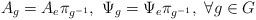
LaTeX: \begin{align*} A_g=A_e\pi_{g^{-1}}, ~\Psi_g=\Psi_e\pi_{g^{-1}}, ~\forall g \in G\end{align*}